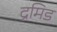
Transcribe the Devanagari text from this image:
द्रमिड